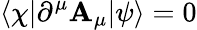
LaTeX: \langle\chi|\partial^{\mu}\mathbf{A}_{\mu}|\psi\rangle=0